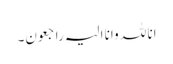
انا للہ وانا الیہ راجعون۔